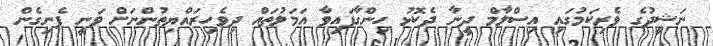
ނަޝީދުގެ ވެރިކަމުގައި އިސްލާމް ދީނާ ދެކޮޅު ހިންގާފައިވާ އަމަލުތައް ދިވެހިރައްޔިތުންނަށް ވަނީ ފެނިގެން